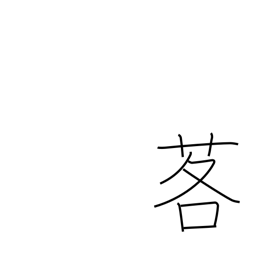
Meaning: mountain leek